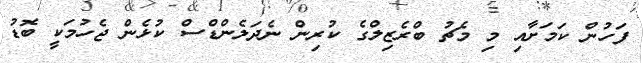
ފަހުން ކަމަށާއި މި މެޗު ބްރެޒިލްގެ ކުރިން ނެދަލެންޑްސް ކުޅެން ޖެހުމަކީ ބޮޑު